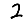
Digit: 2